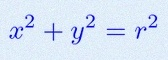
x^2+y^2=r^2